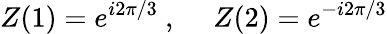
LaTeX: Z(1)=e^{i2\pi/3}\ ,\ \ \ \ \ Z(2)=e^{-i2\pi/3}